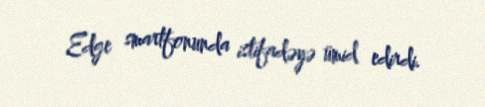
Edge smartfonunda istifadəyə ümid edirdi.